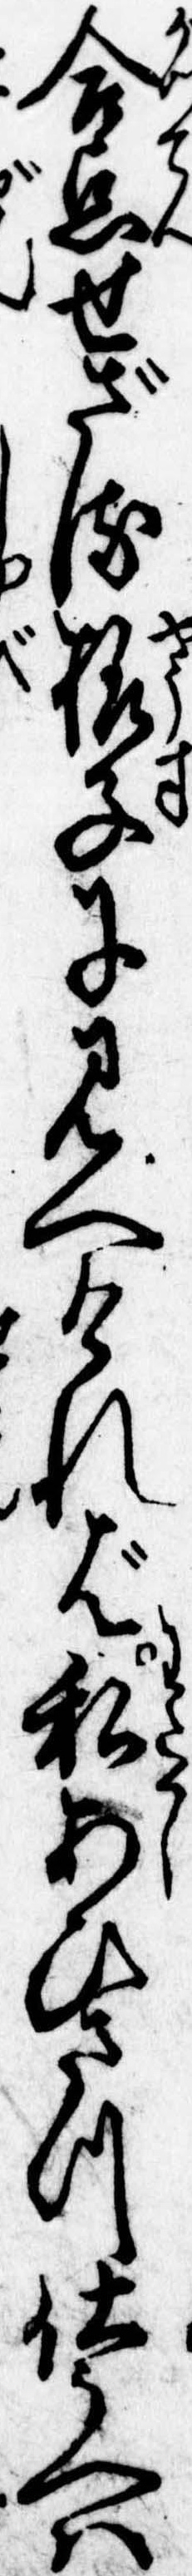
合点せざる様子に見へければ私あひさつ仕うへは